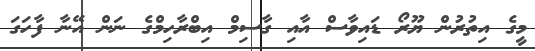
މީގެ އިތުރުން ޔޫރޯ ޑައިވާސް އާއި ގާސިމް އިބްރާހިމްގެ ނަން އޭނާ ފާހަގަ